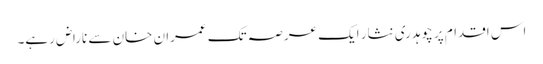
اس اقدام پر چوہدری نثار ایک عرصہ تک عمران خان سے ناراض رہے۔